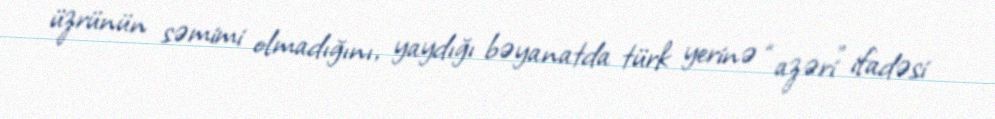
üzrünün səmimi olmadığını, yaydığı bəyanatda türk yerinə “azəri” ifadəsi